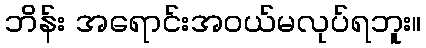
ဘိန်း အရောင်းအဝယ်မလုပ်ရဘူး။